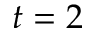
t = 2